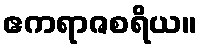
ဧကရာဇစရိယ။